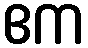
ဧက